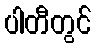
ပါတီတွင်